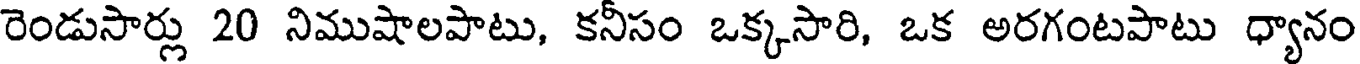
రెండుసార్లు 20 నిముషాలపాటు, కనీసం ఒక్కసారి, ఒక అరగంటపాటు ధ్యానం